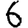
Digit: 6